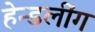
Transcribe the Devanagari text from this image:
हेन्डलींग